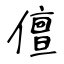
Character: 儃